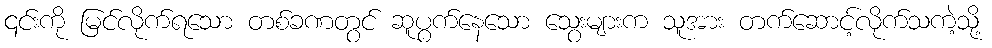
၎င်းကို မြင်လိုက်ရသော တစ်ခဏတွင် ဆူပွက်နေသော သွေးများက သူအား တက်ဆောင့်လိုက်သကဲ့သို့